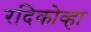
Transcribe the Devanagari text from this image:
रदिकोव्हा